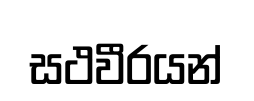
සථවීරයන්